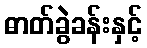
ဓာတ်ခွဲခန်းနှင့်